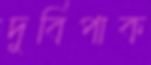
দুর্বিপাক